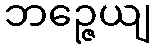
ဘဉ္ဇေယျ